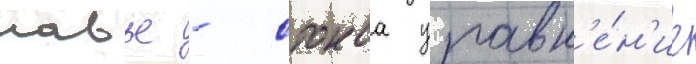
навье - стокса уравн'е́н'ие